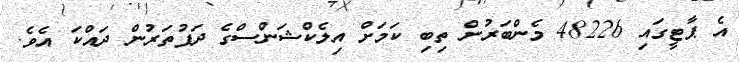
އެ ޕާޓީގައި 48226 މެންބަރުން ތިބި ކަމަށް އިލެކްޝަންސްގެ ދަފުތަރުން ދައްކަ އެވެ.